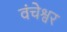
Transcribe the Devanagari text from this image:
वंचेश्वर